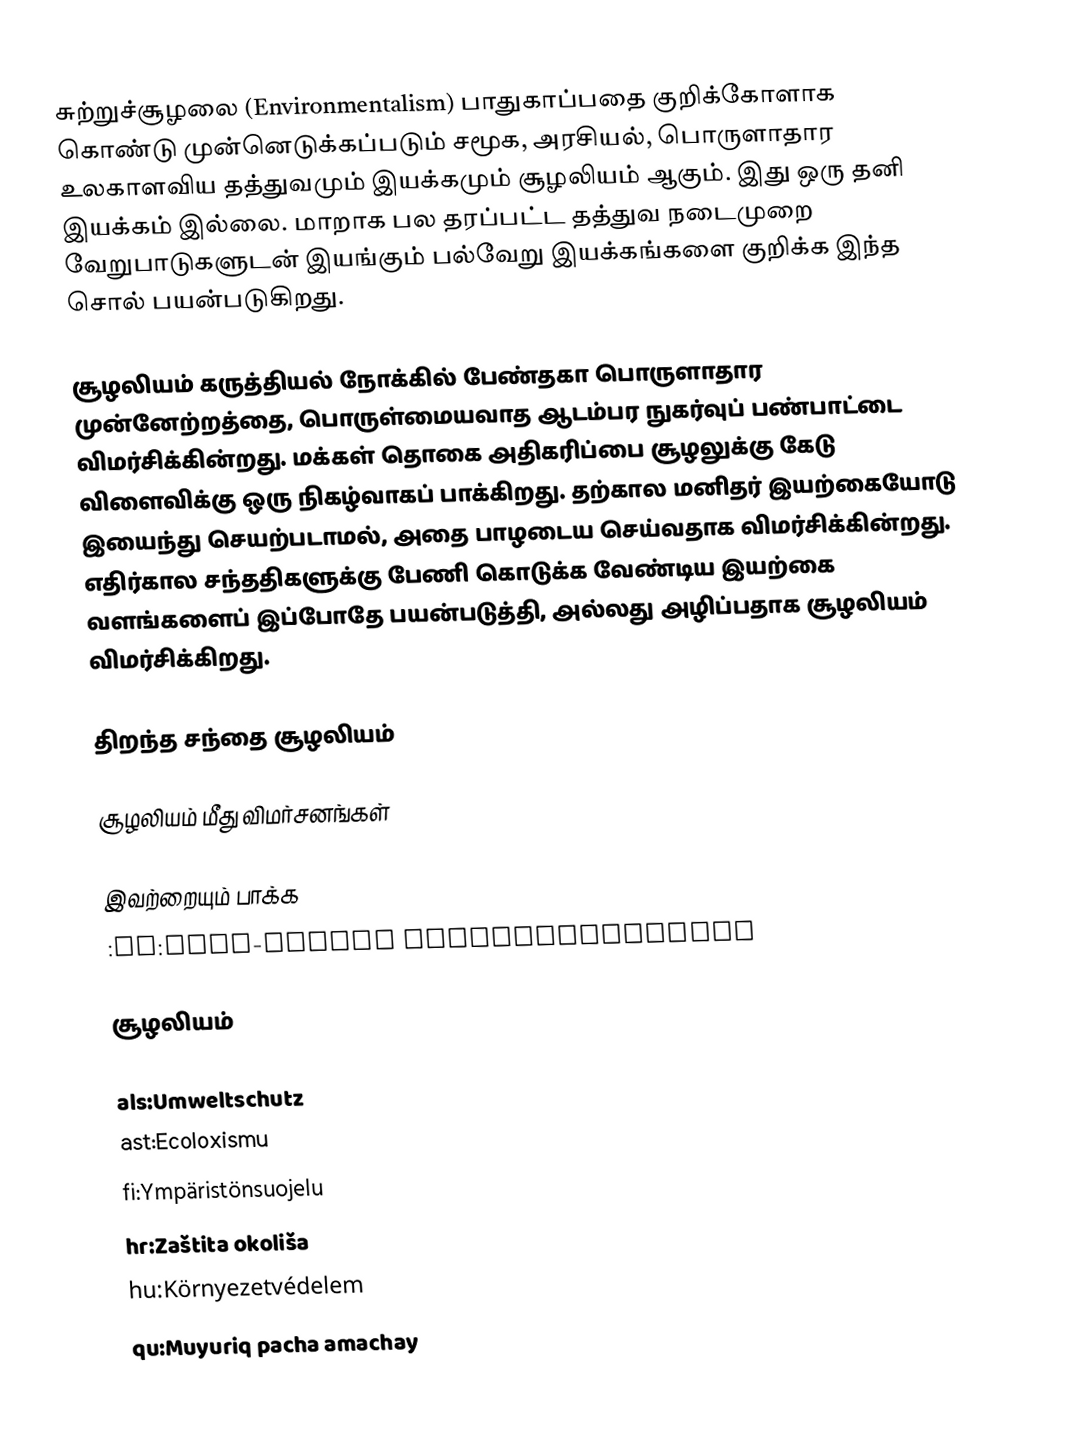
சுற்றுச்சூழலை (Environmentalism) பாதுகாப்பதை குறிக்கோளாக கொண்டு முன்னெடுக்கப்படும் சமூக, அரசியல், பொருளாதார உலகாளவிய தத்துவமும் இயக்கமும் சூழலியம் ஆகும்.  இது ஒரு தனி இயக்கம் இல்லை.  மாறாக பல தரப்பட்ட தத்துவ நடைமுறை வேறுபாடுகளுடன் இயங்கும் பல்வேறு இயக்கங்களை குறிக்க இந்த சொல் பயன்படுகிறது.

சூழலியம் கருத்தியல் நோக்கில் பேண்தகா பொருளாதார முன்னேற்றத்தை, பொருள்மையவாத ஆடம்பர நுகர்வுப் பண்பாட்டை விமர்சிக்கின்றது.  மக்கள் தொகை அதிகரிப்பை சூழலுக்கு கேடு விளைவிக்கு ஒரு நிகழ்வாகப் பாக்கிறது.  தற்கால மனிதர் இயற்கையோடு இயைந்து செயற்படாமல், அதை பாழடைய செய்வதாக விமர்சிக்கின்றது.  எதிர்கால சந்ததிகளுக்கு பேணி கொடுக்க வேண்டிய இயற்கை வளங்களைப் இப்போதே பயன்படுத்தி, அல்லது அழிப்பதாக சூழலியம் விமர்சிக்கிறது.

திறந்த சந்தை சூழலியம்

சூழலியம் மீது விமர்சனங்கள்

இவற்றையும் பாக்க
 :en:Free-market environmentalism

சூழலியம்

als:Umweltschutz
ast:Ecoloxismu
fi:Ympäristönsuojelu
hr:Zaštita okoliša
hu:Környezetvédelem
qu:Muyuriq pacha amachay